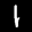
Label: 1